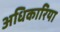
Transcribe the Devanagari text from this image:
अधिकारिया